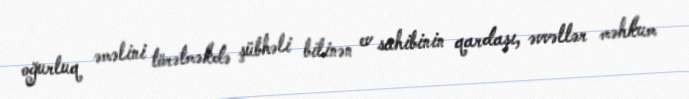
oğurluq əməlini törətməkdə şübhəli bilinən ev sahibinin qardaşı, əvvəllər məhkum